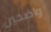
واضحين